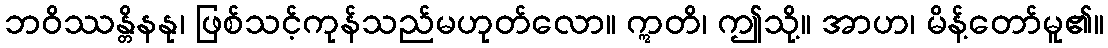
ဘဝိဿန္တိနနု၊ ဖြစ်သင့်ကုန်သည်မဟုတ်လော။ ဣတိ၊ ဤသို့။ အာဟ၊ မိန့်တော်မူ၏။